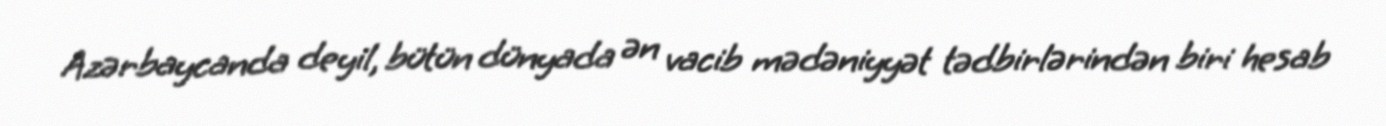
Azərbaycanda deyil, bütün dünyada ən vacib mədəniyyət tədbirlərindən biri hesab